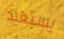
يستعيد